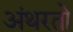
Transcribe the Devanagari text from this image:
अंथरतो